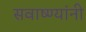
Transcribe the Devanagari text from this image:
सवाष्ण्यांनी